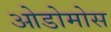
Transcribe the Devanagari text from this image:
ओडोमोस